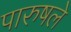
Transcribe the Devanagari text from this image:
पारुषले